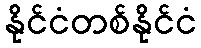
နိုင်ငံတစ်နိုင်ငံ